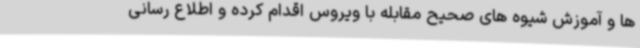
ها و آموزش شیوه های صحیح مقابله با ویروس اقدام کرده و اطلاع رسانی